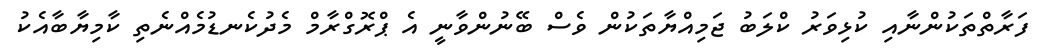
ފަރާތްތަކުންނާއި ކުޅިވަރު ކްލަބު ޖަމިއްޔާތަކުން ވެސް ބޭނުންވާނީ އެ ޕްރޮގްރާމް މެދުކެނޑުމެއްނެތި ކާމިޔާބާއެކު